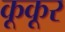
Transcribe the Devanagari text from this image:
कूकूर